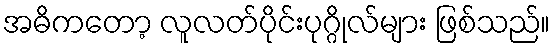
အဓိကတော့ လူလတ်ပိုင်းပုဂ္ဂိုလ်များ ဖြစ်သည်။